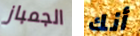
الجمباز أنك